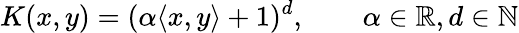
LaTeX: K(x,y)=(\alpha\langle x,y\rangle+1)^{d},\qquad\alpha\in\mathbb{R},d\in\mathbb{N}